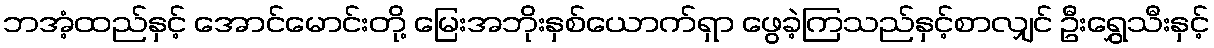
ဘအံ့ထည်နှင့် အောင်မောင်းတို့ မြေးအဘိုးနှစ်ယောက်ရှာ ဖွေခဲ့ကြသည်နှင့်စာလျှင် ဦးရွှေသီးနှင့်